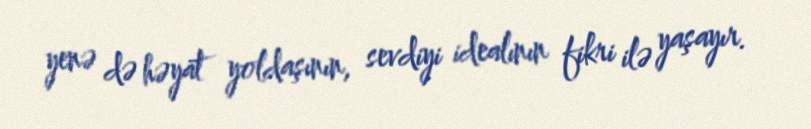
yenə də həyat yoldaşının, sevdiyi idealının fikri ilə yaşayır.